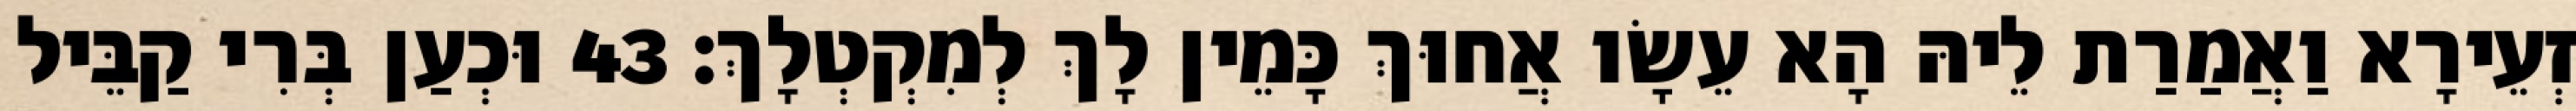
זְעֵירָא וַאֲמַרַת לֵיהּ הָא עֵשָׂו אֲחוּךְ כָּמֵין לָךְ לְמִקְטְלָךְ׃ 43 וּכְעַן בְּרִי קַבֵּיל